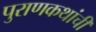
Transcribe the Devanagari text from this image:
पुराणकथांची